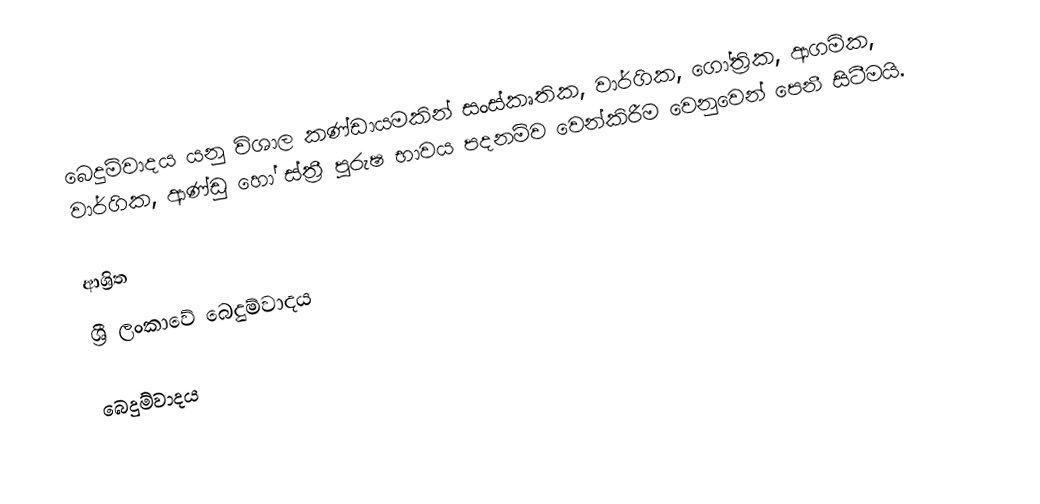
බෙදුම්වාදය යනු විශාල කණ්ඩායමකින් සංස්කෘතික, වාර්ගික, ගෝත්‍රික, ආගමික, වාර්ගික, ආණ්ඩු හෝ ස්ත්‍රී පුරුෂ භාවය පදනම්ව වෙන්කිරීම වෙනුවෙන් පෙනී සිටීමයි.

ආශ්‍රිත
 ශ්‍රී ලංකාවේ බෙදුම්වාදය

බෙදුම්වාදය